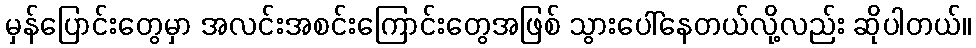
မှန်ပြောင်းတွေမှာ အလင်းအစင်းကြောင်းတွေအဖြစ် သွားပေါ်နေတယ်လို့လည်း ဆိုပါတယ်။